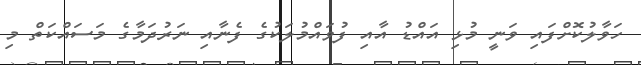
ހަވާލުކޮށްފައި ވަނީ މުޅި އައްޑު އާއި ފުވައްމުލަކުގެ ފެނާއި ނަރުދަމާގެ މަސައްކަތް މި